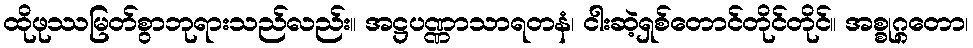
ထိုဖုဿမြတ်စွာဘုရားသည်လည်း။ အဋ္ဌပဏ္ဏာသာရတနံ၊ ငါးဆဲ့ရှစ်တောင်တိုင်တိုင်။ အစ္စုဂ္ဂတော၊